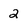
Character: 2